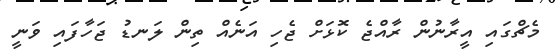
މެޗްގައި އީރާނުން ރާއްޖެ ކޮޅަށް ޖެހި އަނެއް ތިން ލަނޑު ޖަހާފައި ވަނީ